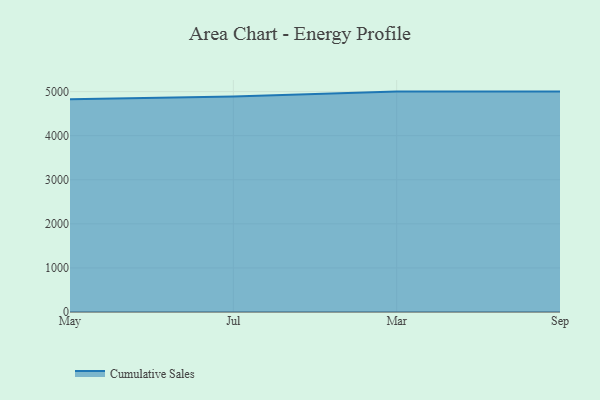
{"axis": {"x": "Month", "y": "Humidity (%)"}, "legend": ["Cumulative Sales"], "data": [{"x": "May", "y": 4827.7, "type": "Cumulative Sales"}, {"x": "Jul", "y": 4889.2, "type": "Cumulative Sales"}, {"x": "Mar", "y": 5000, "type": "Cumulative Sales"}, {"x": "Sep", "y": 5000, "type": "Cumulative Sales"}]}